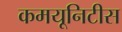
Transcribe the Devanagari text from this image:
कमयूनिटीस